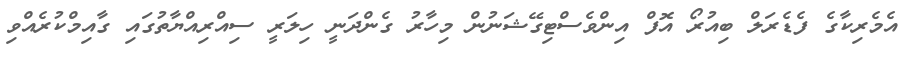
އެމެރިކާގެ ފެޑެރަލް ބިއުރޯ އޮފް އިންވެސްޓިގޭޝަނުން މިހާރު ގެންދަނީ ހިލަރީ ސިއްރިއްޔާތުގައި ގާއިމްކުރެއްވި